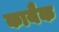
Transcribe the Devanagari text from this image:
कायैक